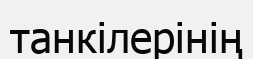
танкілерінің